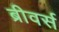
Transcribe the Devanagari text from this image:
ब्रीवर्स